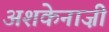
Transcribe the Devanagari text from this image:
अशकेनाज़ी